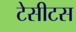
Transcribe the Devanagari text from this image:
टेसीटस